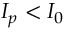
I _ { p } < I _ { 0 }